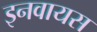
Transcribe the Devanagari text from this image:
इनवायस